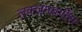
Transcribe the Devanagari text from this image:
लक्जमबर्गीस